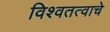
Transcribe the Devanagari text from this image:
विश्वतत्वाचे